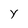
Character: Y